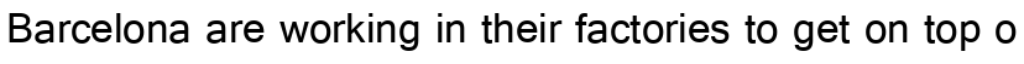
Barcelona are working in their factories to get on top o